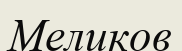
Меликов